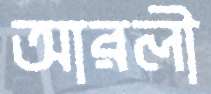
আরলী